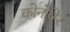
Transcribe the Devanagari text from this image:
कोनोवेर